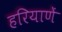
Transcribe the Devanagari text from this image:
हरियाणें